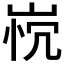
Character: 𰎤